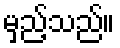
မှည့်သည်။